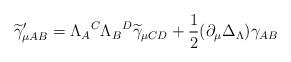
LaTeX: \begin{align*}\widetilde{\gamma }_{\mu AB}^{\prime }{}=\Lambda _{A}{}^{C}\Lambda _{B}{}^{D}\widetilde{\gamma }_{\mu CD}{}+\frac{1}{2}(\partial _{\mu }\Delta _{{\small \Lambda }})\gamma _{AB} \end{align*}